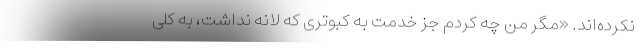
نکرده‌اند. «مگر من چه کردم جز خدمت به کبوتری که لانه نداشت، به کلی